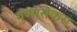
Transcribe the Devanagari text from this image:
गुणासेकरा